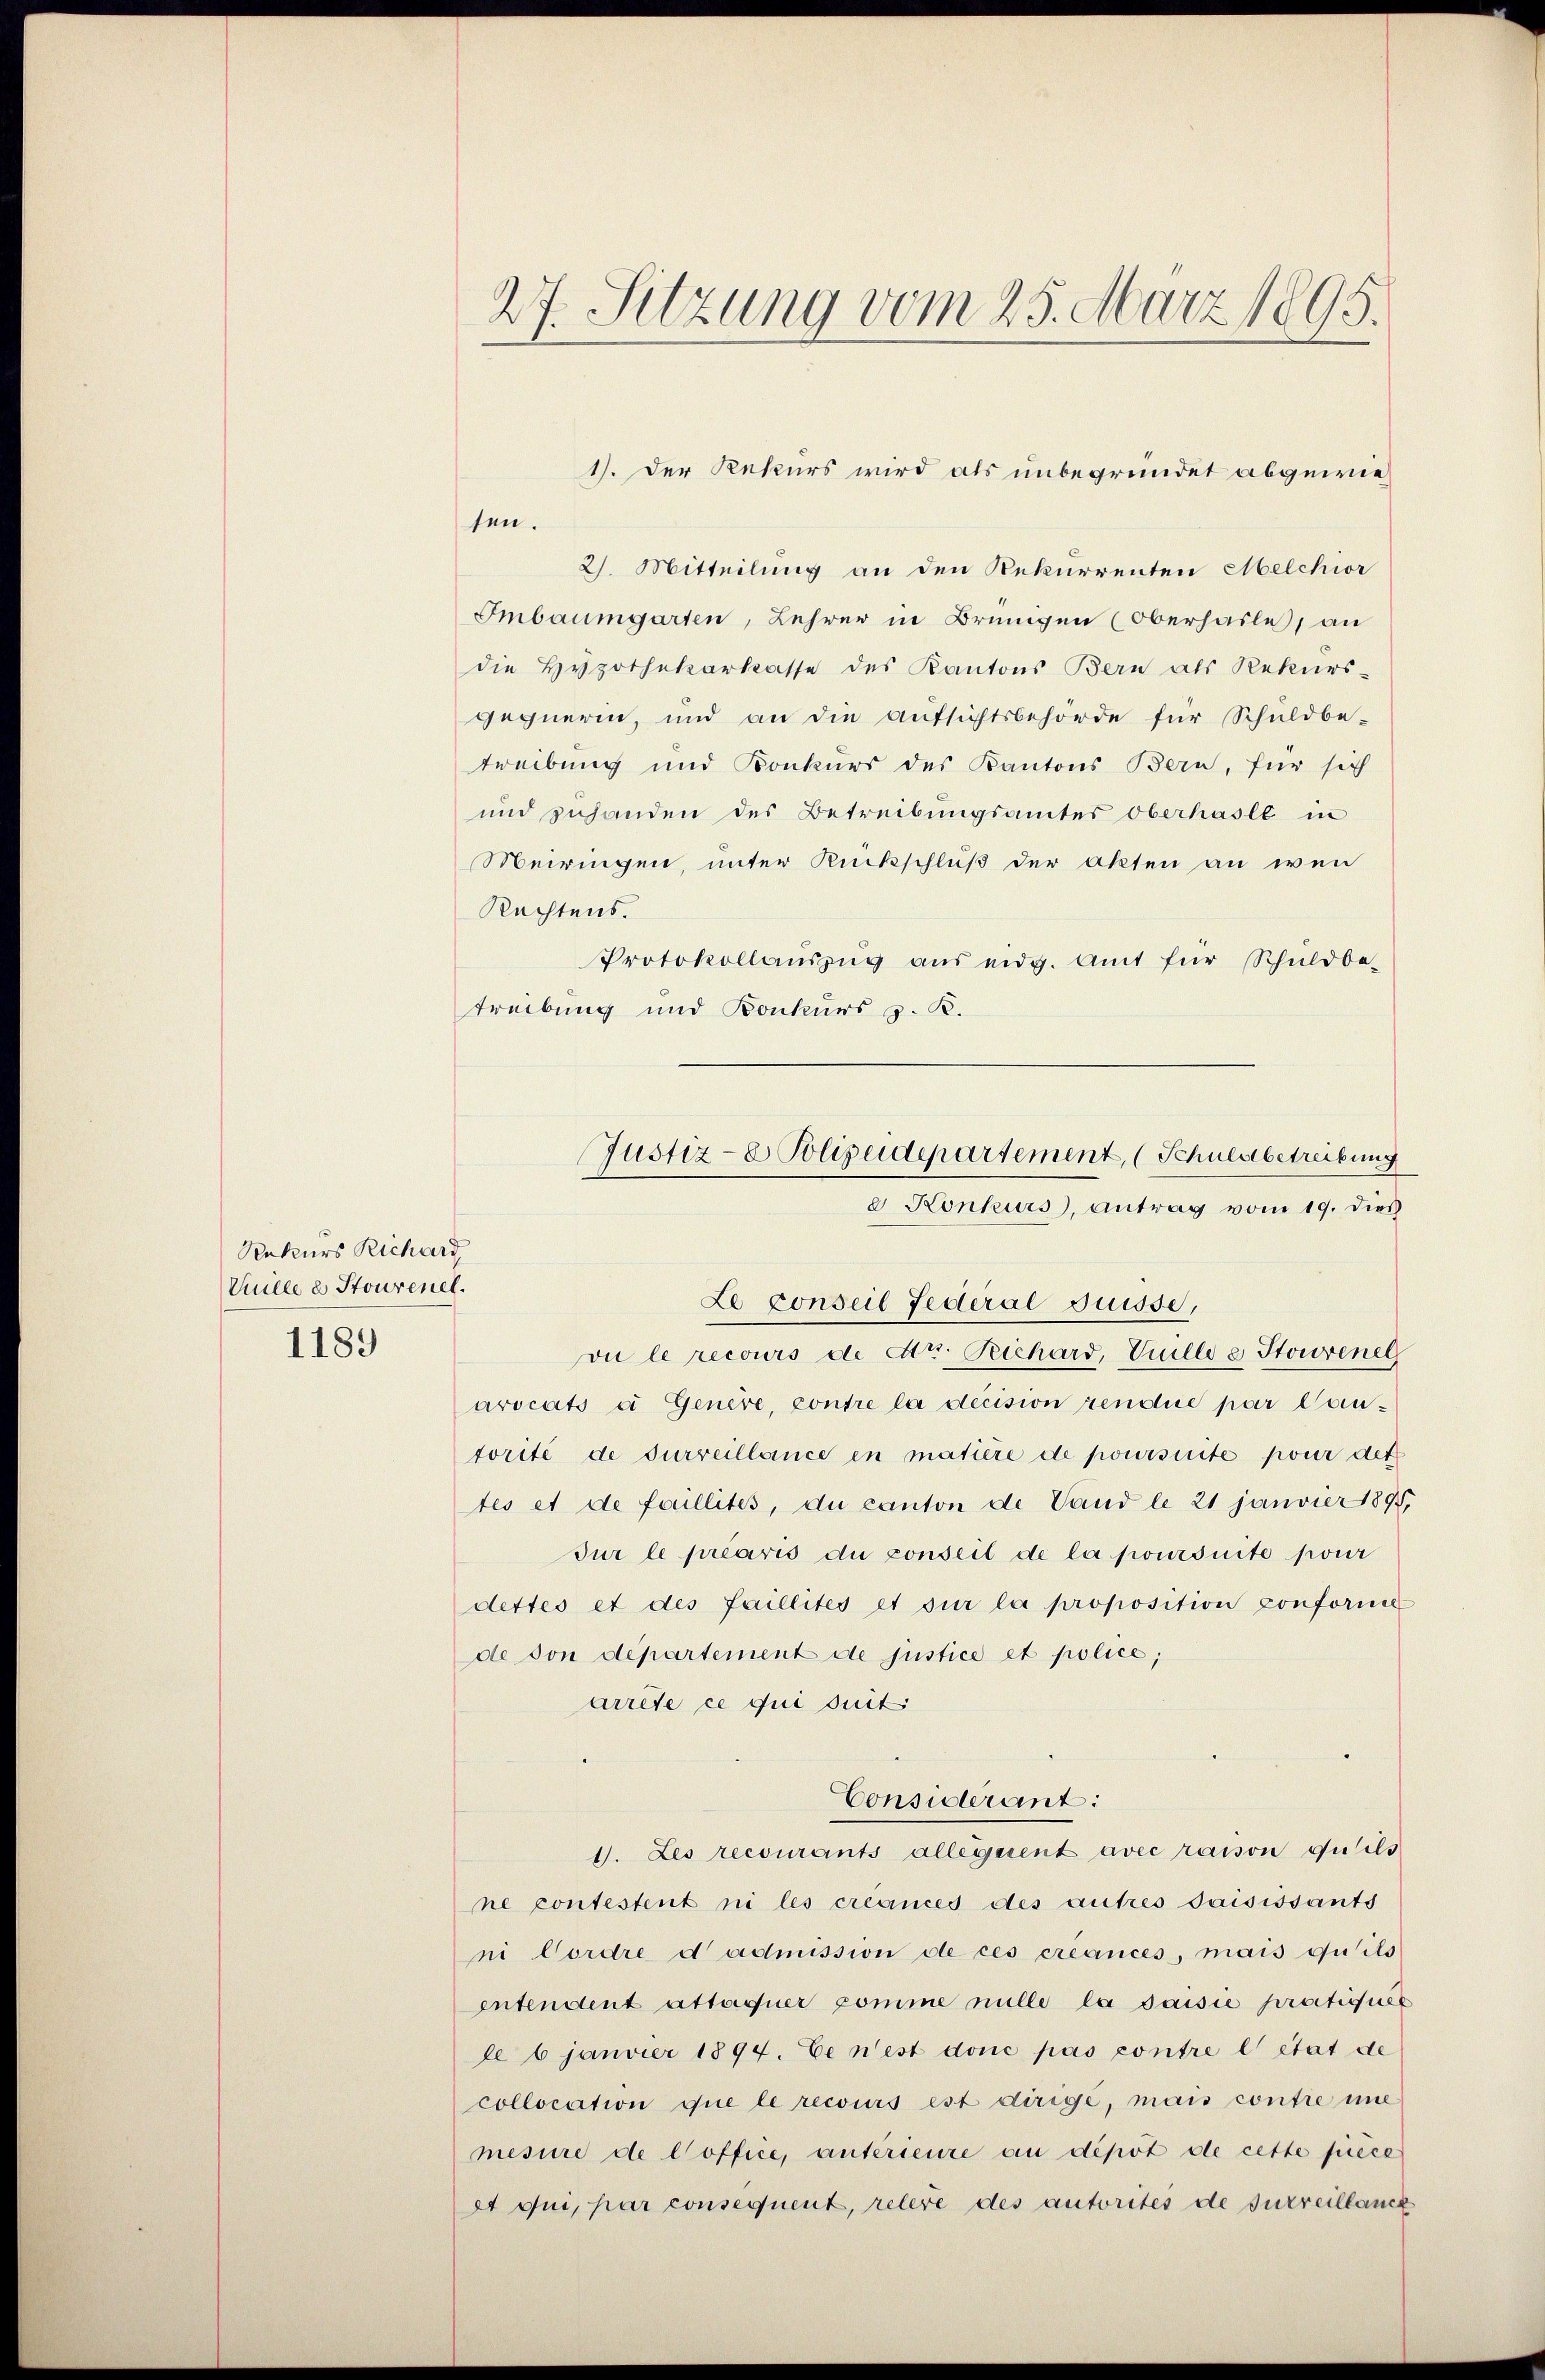
Rekurs Richard,
Vuille es Stourenel.
1189

27. Setzung vom 25. März 1895.

1). Der Rekurs wird als unbegründet abgewieten.
2. Mitteilung an den Rekurrenten Melchior
Embaumgarten, Lehrer in Brungen (Oberhasle, an
die Hypothekarkasse des Kantons Bern als Rekurs-
gegnerin, und an die Aŭfsichtsbehörde für Schuldbe-
treibung und Konkurs des Kantons Bern, für sich
und zuhanden des Betreibungsamtes Oberhasle in
Meiringen, unter Rückschluß der akten an wen
Rechtens.
Protokollaŭszŭg aŭs eidg. Amt für Schuldbe-
treibung und Konkurs z. B.
Le conseil Federal Suisse,
vu le recours de Atr. Teichard, Vuille a Storenel
arocats a Genere, contre la decision rendue par Cantorité de surveillance in matière de poursuite pour det
tes et de faillites, du canton de Vand le 21 janvier 1895,
Jur le prearis du conseil de la poursuite pour
dettes et des faillités et sur la proposition conforme
de von departement de justice et police,
arrête ce qui suit
Considlerant:
1. Les recourants allegerent avec raison du ils
ne contestent ni les créances des autres saisissants
ni Cordre d admission de ces créances, mais qu’ils
entendent attaquer pomme nulle la saisie praetiques
le 6 janvier 1894. Ce n’est donc pas contre l’état de
collocation que le recours est dirige, mais contre ine
mesure de Coffice, antérieure an depot de cette piece
et qui, par consequent, relere des autorites de surveillance

Justiz- & Polizeidepartement, (Schuldbetreibung
e Konkurs, antrag vom 19. dies